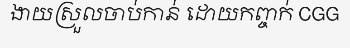
ងាយស្រួលចាប់កាន់ ដោយកញ្ចក់ CGG